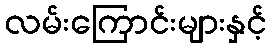
လမ်းကြောင်းများနှင့်